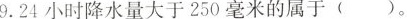
9.24小时降水量大于250毫米的属于()。